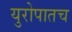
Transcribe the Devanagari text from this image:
युरोपातच